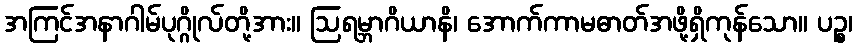
အကြင်အနာဂါမ်ပုဂ္ဂိုလ်တို့အား။ ဩရမ္ဘာဂိယာနိ၊ အောက်ကာမဓာတ်အဖို့ရှိကုန်သော။ ပဉ္စ၊